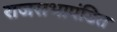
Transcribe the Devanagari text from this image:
राजसभापंडित